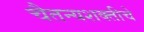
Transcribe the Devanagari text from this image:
चैतन्यशक्तीचे